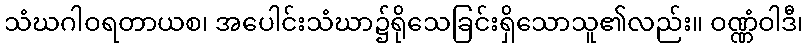
သံဃဂါဝရတာယစ၊ အပေါင်းသံဃာ၌ရိုသေခြင်းရှိသောသူ၏လည်း။ ဝဏ္ဏံဝါဒီ၊